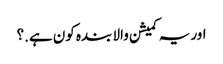
اور یہ کمیشن والا بندہ کون ہے.؟